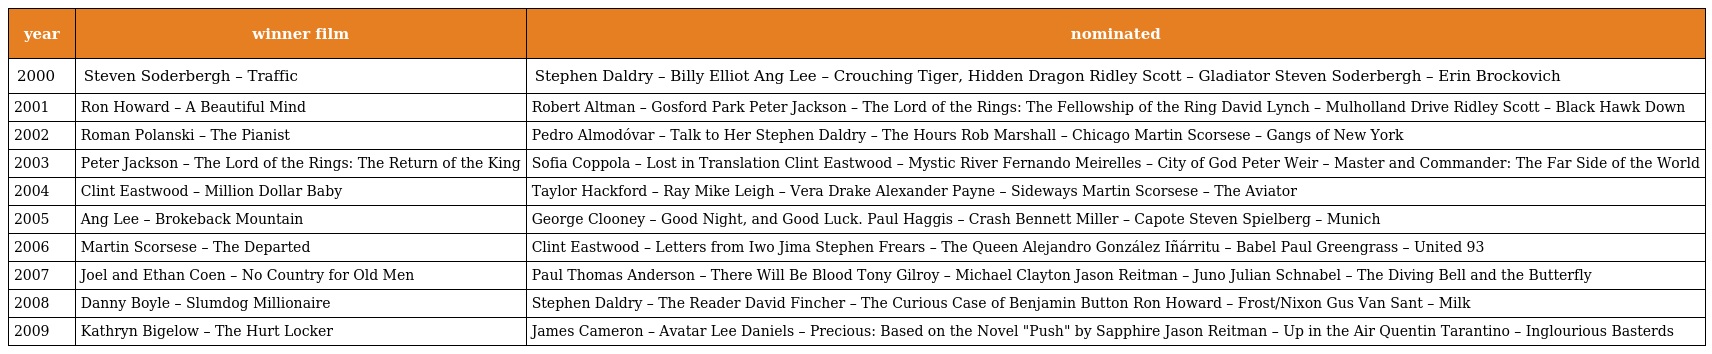
| year | winner film | nominated |
 | --- | --- | --- |
 | 2000 | Steven Soderbergh – Traffic | Stephen Daldry – Billy Elliot Ang Lee – Crouching Tiger, Hidden Dragon Ridley Scott – Gladiator Steven Soderbergh – Erin Brockovich |
 | 2001 | Ron Howard – A Beautiful Mind | Robert Altman – Gosford Park Peter Jackson – The Lord of the Rings: The Fellowship of the Ring David Lynch – Mulholland Drive Ridley Scott – Black Hawk Down |
 | 2002 | Roman Polanski – The Pianist | Pedro Almodóvar – Talk to Her Stephen Daldry – The Hours Rob Marshall – Chicago Martin Scorsese – Gangs of New York |
 | 2003 | Peter Jackson – The Lord of the Rings: The Return of the King | Sofia Coppola – Lost in Translation Clint Eastwood – Mystic River Fernando Meirelles – City of God Peter Weir – Master and Commander: The Far Side of the World |
 | 2004 | Clint Eastwood – Million Dollar Baby | Taylor Hackford – Ray Mike Leigh – Vera Drake Alexander Payne – Sideways Martin Scorsese – The Aviator |
 | 2005 | Ang Lee – Brokeback Mountain | George Clooney – Good Night, and Good Luck. Paul Haggis – Crash Bennett Miller – Capote Steven Spielberg – Munich |
 | 2006 | Martin Scorsese – The Departed | Clint Eastwood – Letters from Iwo Jima Stephen Frears – The Queen Alejandro González Iñárritu – Babel Paul Greengrass – United 93 |
 | 2007 | Joel and Ethan Coen – No Country for Old Men | Paul Thomas Anderson – There Will Be Blood Tony Gilroy – Michael Clayton Jason Reitman – Juno Julian Schnabel – The Diving Bell and the Butterfly |
 | 2008 | Danny Boyle – Slumdog Millionaire | Stephen Daldry – The Reader David Fincher – The Curious Case of Benjamin Button Ron Howard – Frost/Nixon Gus Van Sant – Milk |
 | 2009 | Kathryn Bigelow – The Hurt Locker | James Cameron – Avatar Lee Daniels – Precious: Based on the Novel "Push" by Sapphire Jason Reitman – Up in the Air Quentin Tarantino – Inglourious Basterds |